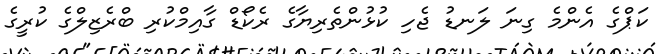
ކަޕްގެ އެންމެ ގިނަ ލަނޑު ޖެހި ކުޅުންތެރިޔާގެ ރެކޯޑް ގާއިމްކުރި ބްރެޒިލްގެ ކުރީގެ